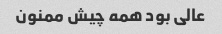
عالی بود همه چیش ممنون